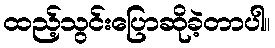
ထည့်သွင်းပြောဆိုခဲ့တာပါ။